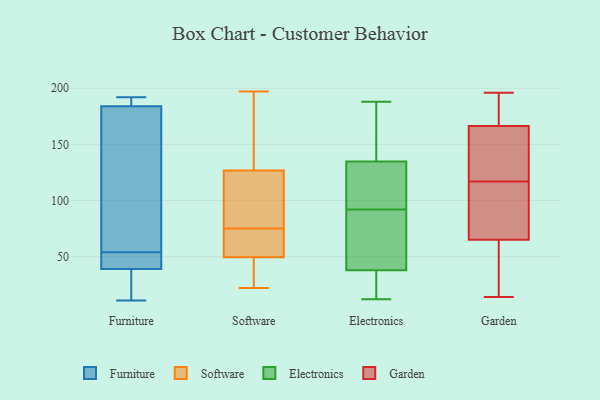
{"axis": {"x": "Population (Million)", "y": "Value"}, "legend": ["Electronics", "Furniture", "Garden", "Software"], "data": [{"x": "", "y": 38, "type": "Furniture"}, {"x": "", "y": 39, "type": "Furniture"}, {"x": "", "y": 11, "type": "Furniture"}, {"x": "", "y": 185, "type": "Furniture"}, {"x": "", "y": 184, "type": "Furniture"}, {"x": "", "y": 72, "type": "Furniture"}, {"x": "", "y": 192, "type": "Furniture"}, {"x": "", "y": 44, "type": "Furniture"}, {"x": "", "y": 64, "type": "Furniture"}, {"x": "", "y": 43, "type": "Furniture"}, {"x": "", "y": 75, "type": "Software"}, {"x": "", "y": 22, "type": "Software"}, {"x": "", "y": 197, "type": "Software"}, {"x": "", "y": 111, "type": "Software"}, {"x": "", "y": 75, "type": "Software"}, {"x": "", "y": 132, "type": "Software"}, {"x": "", "y": 48, "type": "Software"}, {"x": "", "y": 64, "type": "Software"}, {"x": "", "y": 54, "type": "Software"}, {"x": "", "y": 32, "type": "Software"}, {"x": "", "y": 135, "type": "Software"}, {"x": "", "y": 125, "type": "Electronics"}, {"x": "", "y": 188, "type": "Electronics"}, {"x": "", "y": 121, "type": "Electronics"}, {"x": "", "y": 157, "type": "Electronics"}, {"x": "", "y": 92, "type": "Electronics"}, {"x": "", "y": 12, "type": "Electronics"}, {"x": "", "y": 62, "type": "Electronics"}, {"x": "", "y": 30, "type": "Electronics"}, {"x": "", "y": 61, "type": "Electronics"}, {"x": "", "y": 138, "type": "Electronics"}, {"x": "", "y": 26, "type": "Electronics"}, {"x": "", "y": 103, "type": "Garden"}, {"x": "", "y": 189, "type": "Garden"}, {"x": "", "y": 119, "type": "Garden"}, {"x": "", "y": 196, "type": "Garden"}, {"x": "", "y": 169, "type": "Garden"}, {"x": "", "y": 117, "type": "Garden"}, {"x": "", "y": 83, "type": "Garden"}, {"x": "", "y": 27, "type": "Garden"}, {"x": "", "y": 194, "type": "Garden"}, {"x": "", "y": 158, "type": "Garden"}, {"x": "", "y": 114, "type": "Garden"}, {"x": "", "y": 59, "type": "Garden"}, {"x": "", "y": 34, "type": "Garden"}, {"x": "", "y": 14, "type": "Garden"}, {"x": "", "y": 142, "type": "Garden"}]}